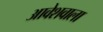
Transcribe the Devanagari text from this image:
आवेशवाला